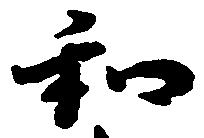
和